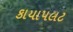
કાયાપલટ